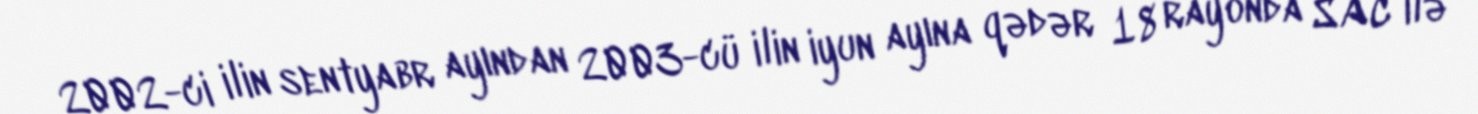
2002-ci ilin sentyabr ayından 2003-cü ilin iyun ayına qədər 18 rayonda SAC ilə